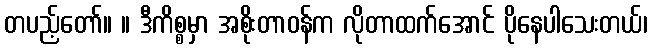
တပည့်တော်။ ။ ဒီကိစ္စမှာ အစိုးတာဝန်က လိုတာထက်အောင် ပိုနေပါသေးတယ်၊